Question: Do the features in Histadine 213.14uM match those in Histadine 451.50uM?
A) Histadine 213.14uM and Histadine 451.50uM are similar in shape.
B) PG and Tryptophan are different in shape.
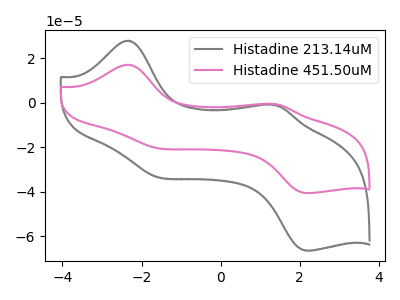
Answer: <think>The gray curve "Histadine 213.14uM" has anodic peaks at (-2.35V, 27.80uA) (1.25V, -0.90uA) and cathodic peaks at (-1.70V, -33.05uA) (2.15V, -66.40uA). The pink curve "Histadine 451.50uM" has anodic peaks at (-2.35V, 17.00uA) (1.25V, -0.55uA) and cathodic peaks at (-1.70V, -20.20uA) (2.15V, -40.60uA).
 All the peaks in "Histadine 213.14uM" have a peak in "Histadine 451.50uM" at the same potential.</think>
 <answer>A) "Histadine 213.14uM" and "Histadine 451.50uM" are similar in shape.</answer>
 <eval>A</eval>